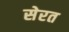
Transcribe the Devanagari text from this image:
सेरत